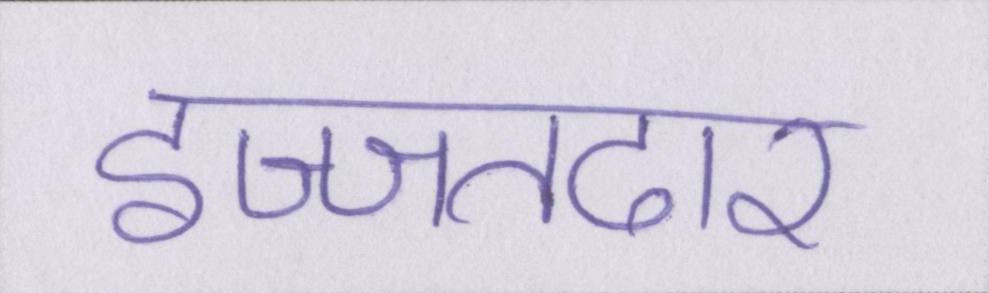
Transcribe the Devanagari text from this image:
इज्जतदार